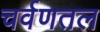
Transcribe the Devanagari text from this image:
चर्वणतल